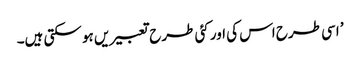
’ اسی طرح اس کی اور کئی طرح تعبیریں ہو سکتی ہیں۔